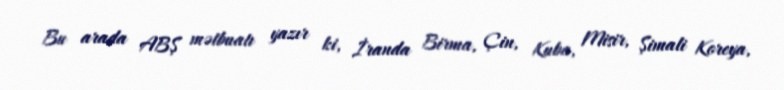
Bu arada ABŞ mətbuatı yazır ki, İranda Birma, Çin, Kuba, Misir, Şimali Koreya,